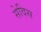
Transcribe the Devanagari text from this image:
सेविस